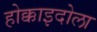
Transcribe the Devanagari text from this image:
होक्काइदोला